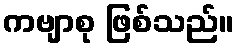
ကဗျာစု ဖြစ်သည်။